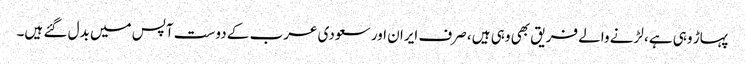
پہاڑ وہی ہے، لڑنے والے فریق بھی وہی ہیں، صرف ایران اور سعودی عرب کے دوست آپس میں بدل گئے ہیں۔